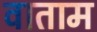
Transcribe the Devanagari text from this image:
वाताम